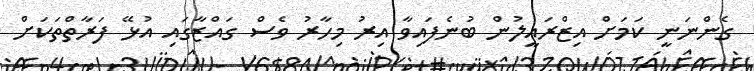
ގެންނަނީ ކަމަށް އިޒްރައީލުން ބުނެފައިވާ އިރު މިހާރު ވެސް ގައްޒާގައި އުޅޭ ފަރާތްތަކަށް